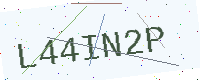
Text: L44IN2P